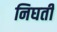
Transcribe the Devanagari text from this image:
निघती